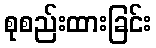
စုစည်းထားခြင်း